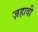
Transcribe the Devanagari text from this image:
ज़हावी